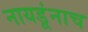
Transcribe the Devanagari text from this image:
नायडूंनाच